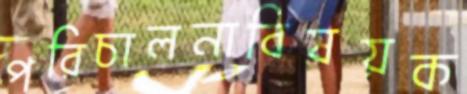
পরিচালনাবিষয়ক